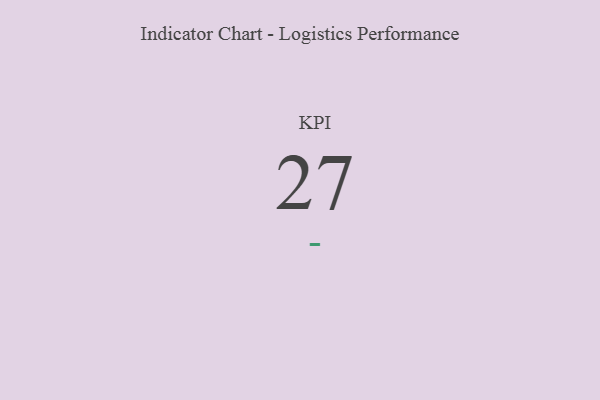
{"axis": {"x": "KPI", "y": "Value"}, "legend": [""], "data": [{"x": "KPI", "y": 27, "type": ""}]}